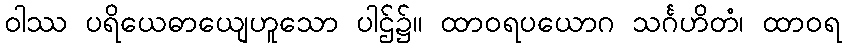
ဝါဿ ပရိယေဓာယျေဟူသော ပါဌ်၌။ ထာဝရပယောဂ သင်္ဂဟိတံ၊ ထာဝရ